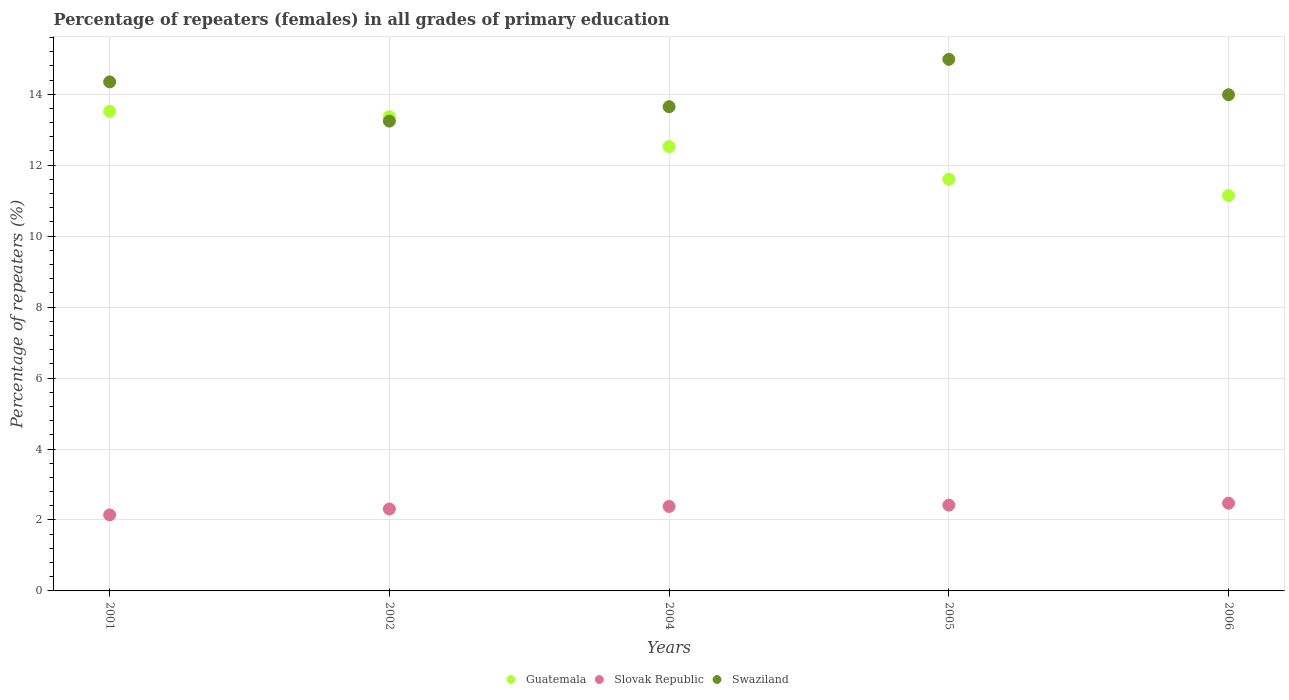
| Years | Guatemala | Slovak Republic | Swaziland |
 | --- | --- | --- | --- |
 | 2001 | 13.5 | 2.14 | 14.3 |
 | 2002 | 13.4 | 2.31 | 13.2 |
 | 2004 | 12.5 | 2.38 | 13.6 |
 | 2005 | 11.6 | 2.42 | 15 |
 | 2006 | 11.1 | 2.47 | 14 |